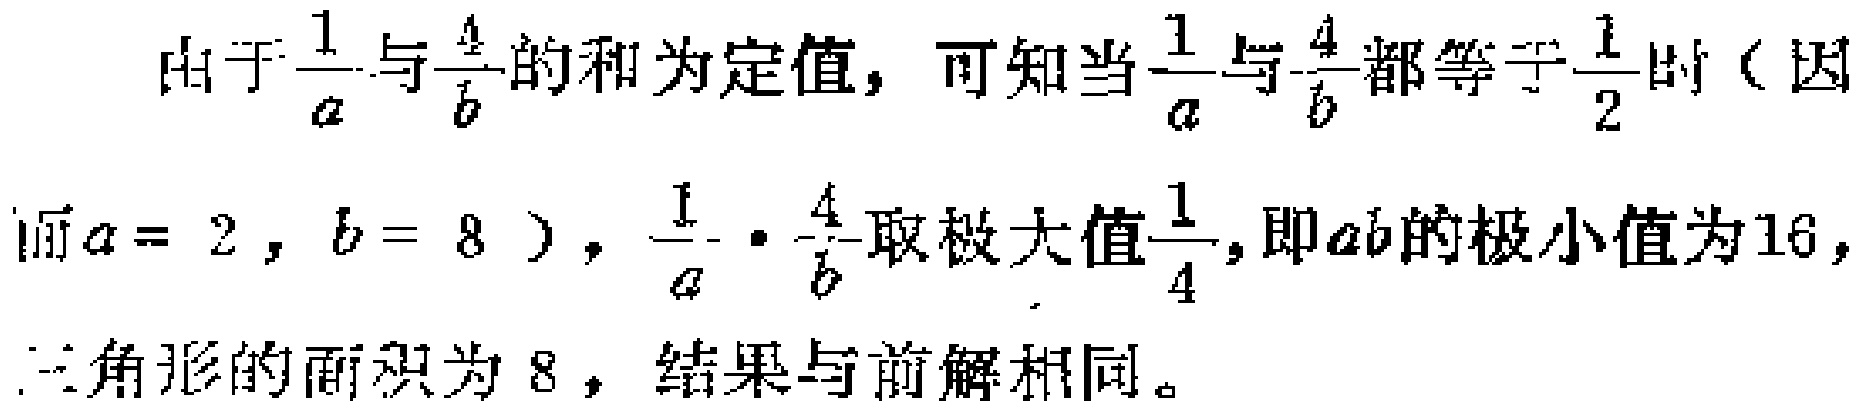
由于$\frac{1}{a}$与$\frac{4}{b}$的和为定值，可知当$\frac{1}{a}$与$\frac{4}{b}$都等于$\frac{1}{2}$时（因而$a = 2$，$b = 8$），$\frac{1}{a} \cdot \frac{4}{b}$取极大值$\frac{1}{4}$，即$ab$的极小值为$16$，三角形的面积为$8$，结果与前解相同。